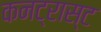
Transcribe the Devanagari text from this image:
कनट्रास्ट